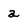
Character: a